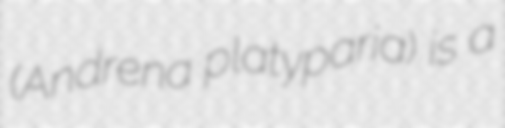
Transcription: (Andrena platyparia) is a